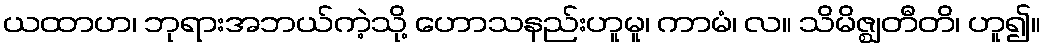
ယထာဟ၊ ဘုရားအဘယ်ကဲ့သို့ ဟောသနည်းဟူမူ၊ ကာမံ၊ လ။ သိမိဇ္ဈတီတိ၊ ဟူ၍။